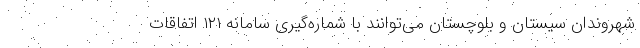
شهروندان سیستان و بلوچستان می‌توانند با شماره‌گیری سامانه ۱۲۱ اتفاقات